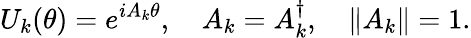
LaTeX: U_{k}(\theta)=e^{iA_{k}\theta},\quad A_{k}=A_{k}^{\dagger},\quad\lVert A_{k}\rVert=1.